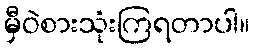
မှီဝဲစားသုံးကြရတာပါ။